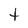
Character: t